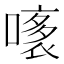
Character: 𧛧